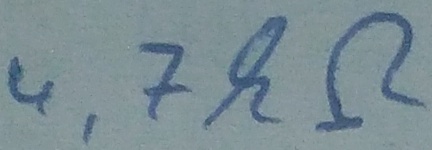
Text: 4,7kΩ